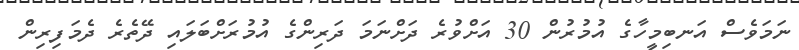
ނަމަވެސް އަނބިމީހާގެ އުމުރުން 30 އަށްވުރެ ދަށްނަމަ ދަރިންގެ އުމުރަށްބަލައި ދޭތެރެ ދެމަފިރިން